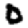
Digit: 0